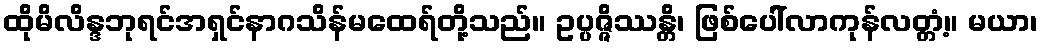
ထိုမိလိန္ဒဘုရင်အရှင်နာဂသိန်မထေရ်တို့သည်။ ဥပ္ပဇ္ဇိဿန္တိ၊ ဖြစ်ပေါ်လာကုန်လတ္တံ့။ မယာ၊